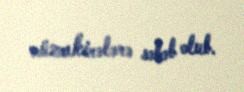
müzakirələrə səbəb olub.